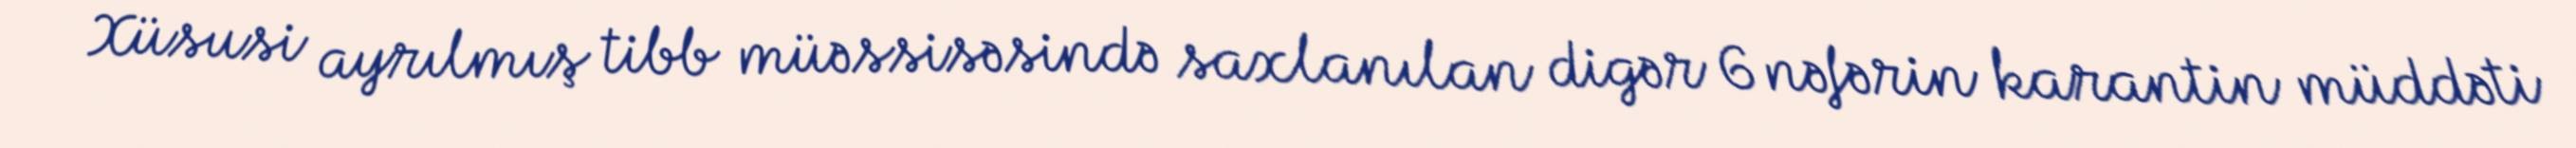
Xüsusi ayrılmış tibb müəssisəsində saxlanılan digər 6 nəfərin karantin müddəti